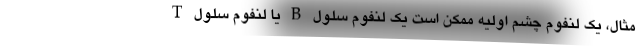
مثال، یک لنفوم چشم اولیه ممکن است یک لنفوم سلول B یا لنفوم سلول T